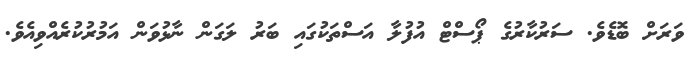
ވަރަށް ބޮޑެވެ. ސަރުކާރުގެ ޕޯސްޓް އުފުލާ އަސްތަކުގައި ބަރު ލަގަން ނާޅުވަން އަމުރުކުރެއްވިއެވެ.